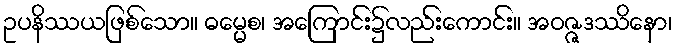
ဥပနိဿယဖြစ်သော။ ဓမ္မေစ၊ အကြောင်း၌လည်းကောင်း။ အဝဇ္ဇဒဿိနော၊